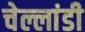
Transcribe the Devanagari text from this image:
चेल्लांडी